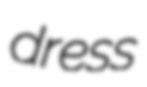
dress